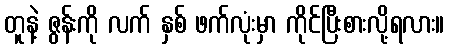
တူနဲ့ ဇွန်းကို လက် နှစ် ဖက်လုံးမှာ ကိုင်ပြီးစားလို့ရလား။